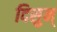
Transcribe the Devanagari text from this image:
दिसुन्